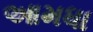
આમધા